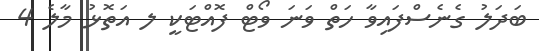
ބަދަލު ގެނެސްފައިވާ ހަތް ވަނަ ވޯޓް ފޮއްޓަކީ ލ އަތޮޅު މާލެ 4